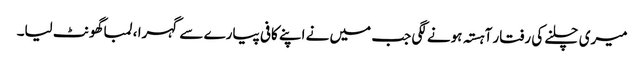
میری چلنے کی رفتار آہستہ ہونے لگی جب میں نے اپنے کافی پیارے سے گہرا ، لمبا گھونٹ لیا۔